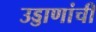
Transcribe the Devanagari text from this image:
उड्डाणांची